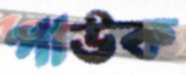
পাউক